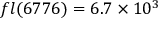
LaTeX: f l ( 6 7 7 6 ) = 6 . 7 \times 1 0 ^ { 3 }